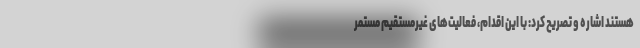
هستند اشاره و تصریح کرد: با این اقدام، فعالیت‌های غیرمستقیم مستمر